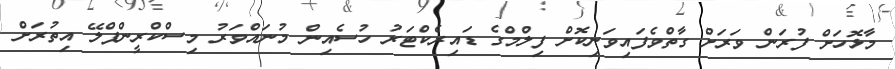
މާޅޮހަށް ފުރަން ވަރަށް ގާތްވެފައިވަނިކޮށް ފިލްމްގެ ޑައިރެކްޓަރު ހުސެއިން މުނައްވަރު މިސްކްރީންޕްލޭ އިތުރަށް